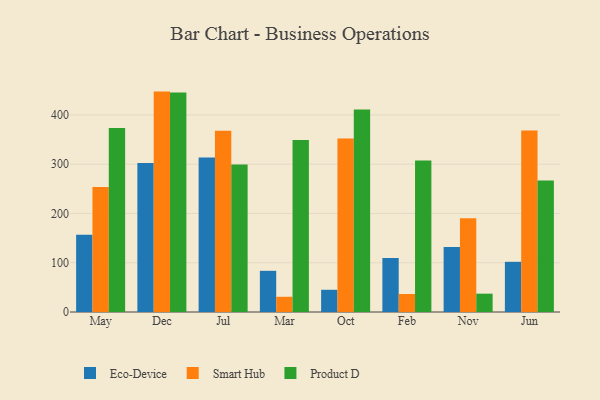
{"axis": {"x": "Month", "y": "Market Share (%)"}, "legend": ["Eco-Device", "Product D", "Smart Hub"], "data": [{"x": "May", "y": 156.9, "type": "Eco-Device"}, {"x": "May", "y": 253.8, "type": "Smart Hub"}, {"x": "May", "y": 373.6, "type": "Product D"}, {"x": "Dec", "y": 302.7, "type": "Eco-Device"}, {"x": "Dec", "y": 447.4, "type": "Smart Hub"}, {"x": "Dec", "y": 445.7, "type": "Product D"}, {"x": "Jul", "y": 313.8, "type": "Eco-Device"}, {"x": "Jul", "y": 368.0, "type": "Smart Hub"}, {"x": "Jul", "y": 299.3, "type": "Product D"}, {"x": "Mar", "y": 83.6, "type": "Eco-Device"}, {"x": "Mar", "y": 30.9, "type": "Smart Hub"}, {"x": "Mar", "y": 349.1, "type": "Product D"}, {"x": "Oct", "y": 45.1, "type": "Eco-Device"}, {"x": "Oct", "y": 352.3, "type": "Smart Hub"}, {"x": "Oct", "y": 410.9, "type": "Product D"}, {"x": "Feb", "y": 109.6, "type": "Eco-Device"}, {"x": "Feb", "y": 36.5, "type": "Smart Hub"}, {"x": "Feb", "y": 307.5, "type": "Product D"}, {"x": "Nov", "y": 131.8, "type": "Eco-Device"}, {"x": "Nov", "y": 190.5, "type": "Smart Hub"}, {"x": "Nov", "y": 37.2, "type": "Product D"}, {"x": "Jun", "y": 101.9, "type": "Eco-Device"}, {"x": "Jun", "y": 368.2, "type": "Smart Hub"}, {"x": "Jun", "y": 267.1, "type": "Product D"}]}